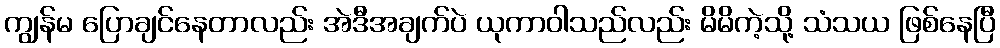
ကျွန်မ ပြောချင်နေတာလည်း အဲဒီအချက်ပဲ ယုကာဝါသည်လည်း မိမိကဲ့သို့ သံသယ ဖြစ်နေပြီ